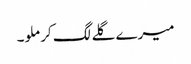
میرے گلے لگ کر ملو۔